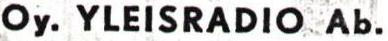
Oy. YLEISRADIO Ab.